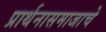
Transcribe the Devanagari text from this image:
प्रार्थनासमाजाचे